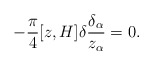
\begin{align*}-\frac{\pi}{4}[z,H]\delta\frac{\delta_{\alpha}}{z_{\alpha}}=0.\end{align*}